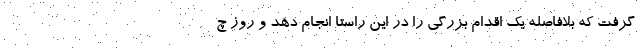
گرفت که بلافاصله یک اقدام بزرگی را در این راستا انجام دهد و روز چ